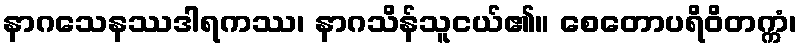
နာဂသေနဿဒါရကဿ၊ နာဂသိန်သူငယ်၏။ စေတောပရိဝိတက္ကံ၊